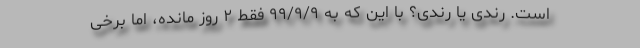
است. رِندی یا رُندی؟ با این که به ۹۹/۹/۹ فقط ۲ روز مانده، اما برخی